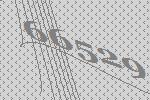
66529